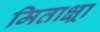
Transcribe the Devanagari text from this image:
मिताक्ष्रा